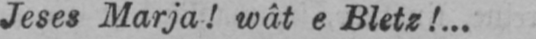
Jeses Marja! wât e Bletz!...